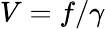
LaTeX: V=f/\gamma